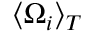
\langle \Omega _ { i } \rangle _ { T }